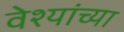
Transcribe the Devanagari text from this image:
वेश्यांच्या